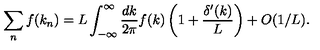
\sum _ { n } f ( k _ { n } ) = L \int _ { - \infty } ^ { \infty } { \frac { d k } { 2 \pi } } f ( k ) \left( 1 + { \frac { \delta ^ { \prime } ( k ) } { L } } \right) + O ( 1 / L ) .